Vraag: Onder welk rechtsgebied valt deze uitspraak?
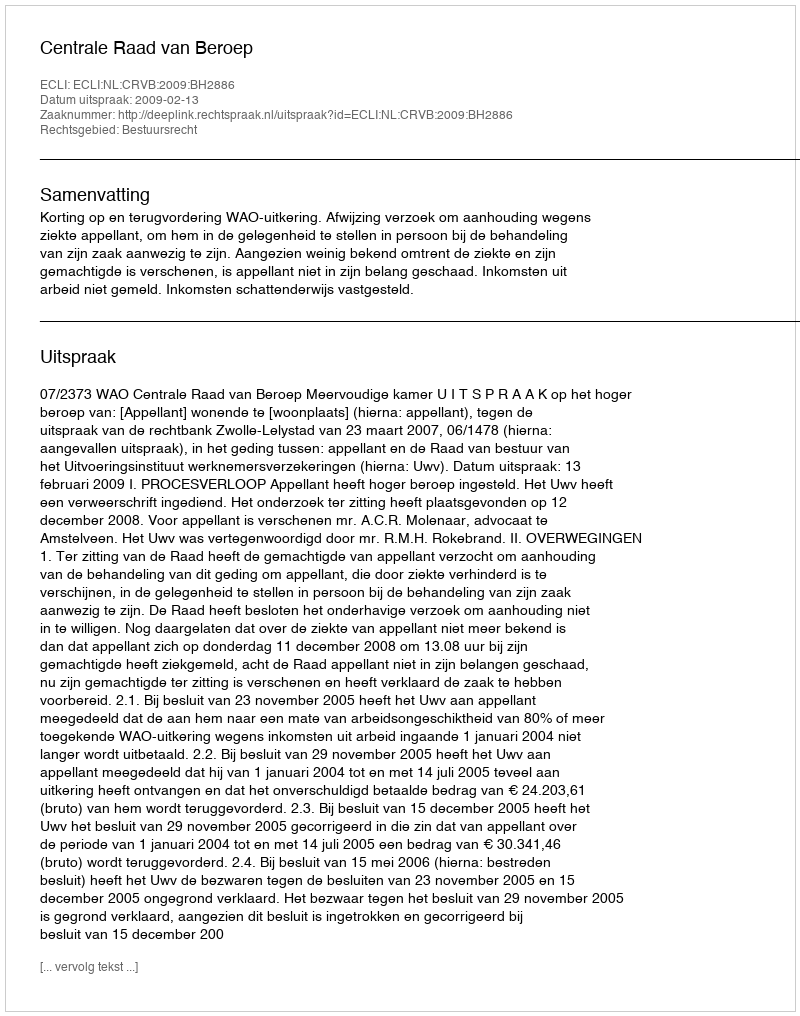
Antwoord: Bestuursrecht